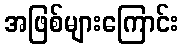
အဖြစ်များကြောင်း